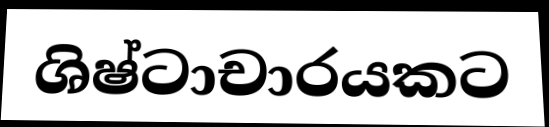
ශිෂ්ටාචාරයකට